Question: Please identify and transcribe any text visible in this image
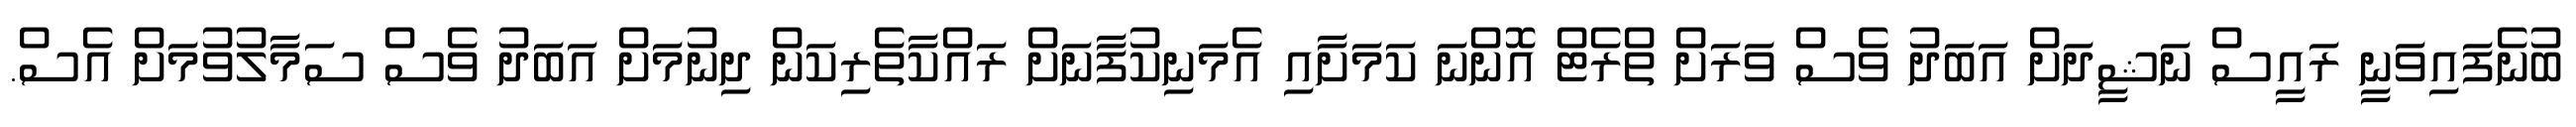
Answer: ބުނެފައިވަނީ ރައީސް ނަޝީދަށް އަބަދު ވެސް ވަރަށް ތްރެޓް އޮންނަ ކަމަށާއި އެމަނިކުފާނަށް ރައްކާތެރިކަން ދިނުމަށް އަބަދު ވެސް ސަމާލުވުމަށް އެސް.